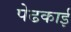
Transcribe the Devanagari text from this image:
पेढकाई